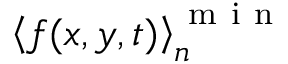
\left\langle f ( x , y , t ) \right\rangle _ { n } ^ { \mathrm { ~ m ~ i ~ n ~ } }